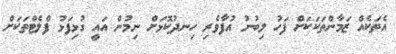
އެތަކެއް ޒަމާންތަކަކަށް ފަހު ލިބުނު އުފާވެރި ހިނދުކޮޅަށް ނިމުން އައީ ގުޅިފަޅު ފްލެޓްތަކަށް